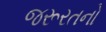
જરૂરતનો